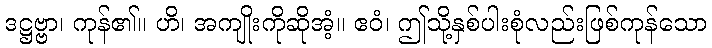
ဒဋ္ဌဗ္ဗာ၊ ကုန်၏။ ဟိ၊ အကျိုးကိုဆိုအံ့။ ဧဝံ၊ ဤသို့နှစ်ပါးစုံလည်းဖြစ်ကုန်သော